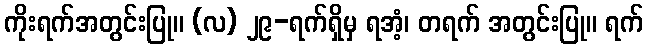
ကိုးရက်အတွင်းပြု။ (လ) ၂၉-ရက်ရှိမှ ရအံ့၊ တရက် အတွင်းပြု။ ရက်